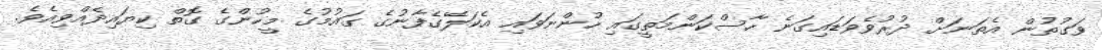
ވަގުތުން އެތަނަށް ދުރުވެވަޑައިގަނެ ހާސްކަންމަތީގައި ހުންނަވައި އެކަލޭގެފާނުގެ ގައުމުގެ މީހުންގެ ގޮތް ކިޔައިދެއްވިއެވެ.